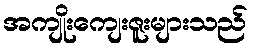
အကျိုးကျေးဇူးများသည်